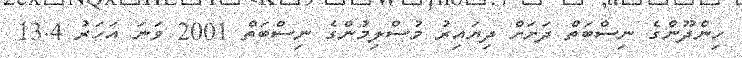
ހިންދޫންގެ ނިސްބަތް ދަށަށް ދިޔައިރު މުސްލިމުންގެ ނިސްބަތް 2001 ވަނަ އަހަރު 13.4